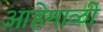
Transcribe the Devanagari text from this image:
आहेमाळी